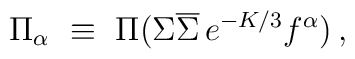
\Pi_{\alpha}~\equiv~\Pi(\Sigma\overline{\Sigma}\,e^{-K/3}f^{\alpha})\, ,